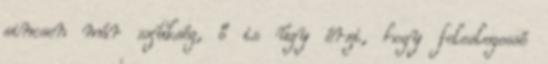
sincsen már szükség, ő is úgy érzi, hogy feleslegessé